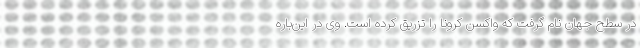
در سطح جهان نام گرفت که واکسن کرونا را تزریق کرده است. وی در این‌باره